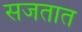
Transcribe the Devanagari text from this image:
सजतात